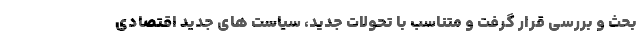
بحث و بررسی قرار گرفت و متناسب با تحولات جدید، سیاست های جدید اقتصادی